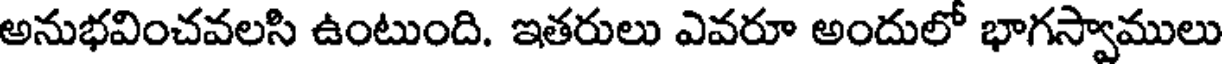
అనుభవించవలసి ఉంటుంది. ఇతరులు ఎవరూ అందులో భాగస్వాములు